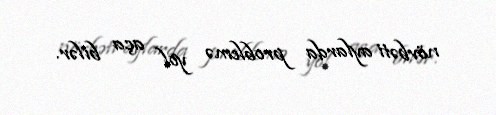
növbəti aylarda problemə yol aça bilər.